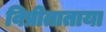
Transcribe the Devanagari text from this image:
विप्रीताताया